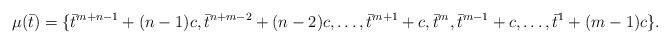
LaTeX: \begin{align*}\mu(\bar t)=\{\bar t^{m+n-1}+(n-1)c,\bar t^{n+m-2} +(n-2) c,\dots,\bar t^{m+1} + c,\bar t^{m}, \bar t^{m-1} + c, \dots, \bar t^{1}+(m-1)c\}.\end{align*}